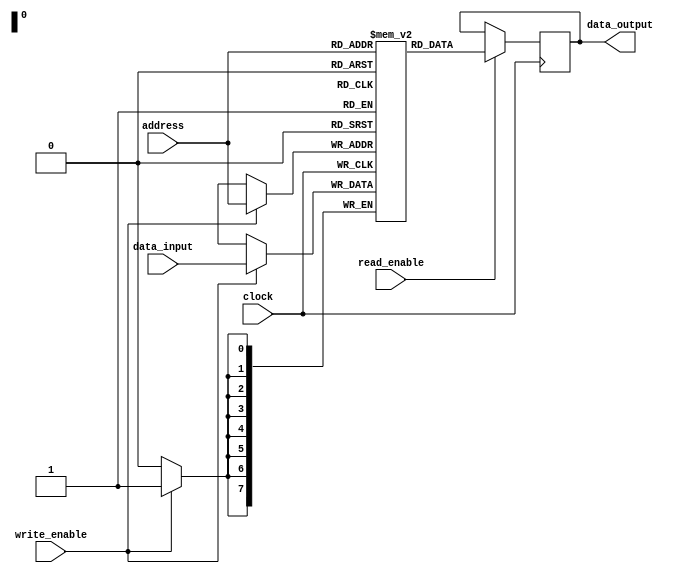
module SRAM (
    input wire [7:0] address,
    input wire clock,
    input wire read_enable,
    input wire write_enable,
    input wire [7:0] data_input,
    output reg [7:0] data_output
);

reg [7:0] memory [0:255];

always @(posedge clock) begin
    if (write_enable) begin
        memory[address] <= data_input;
    end
    if (read_enable) begin
        data_output <= memory[address];
    end
end

endmodule